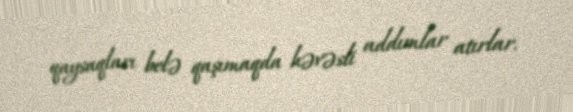
qaysaqları belə qaşımaqda həvəsli addımlar atırlar.